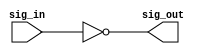
module signal_invert(
    input  sig_in,
    output sig_out
  );
  assign sig_out = ~sig_in;
endmodule